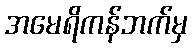
အမေရိကန်ဘက်မှ